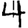
Digit: 4